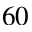
6 0